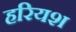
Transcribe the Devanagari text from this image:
हरियश